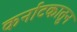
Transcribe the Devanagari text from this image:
कर्नाटकातुन